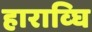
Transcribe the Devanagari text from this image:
हाराव्घि